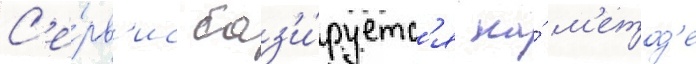
С'е́рв'ис баз'и́руетс'я на́ м'етод'е